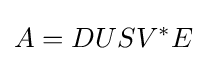
A=DUSV^{*}E